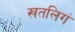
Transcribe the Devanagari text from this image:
खतलिगं